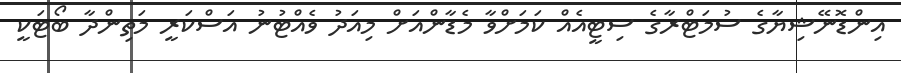
އިންޑޮނޭޝިޔާގެ ސުމަޓްރާގެ ސިޓީއެއް ކަމަށްވާ މެޑާންއަށް މިއަދު ވެއްޓުނު އަސްކަރީ މަތިންދާ ބޯޓަކީ